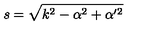
s = \sqrt { k ^ { 2 } - \alpha ^ { 2 } + \alpha ^ { \prime 2 } }